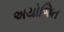
અયોજિત